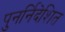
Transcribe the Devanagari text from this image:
पुनर्निदेशित